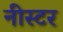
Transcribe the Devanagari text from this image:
नीस्टर